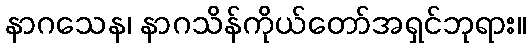
နာဂသေန၊ နာဂသိန်ကိုယ်တော်အရှင်ဘုရား။